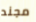
مجند